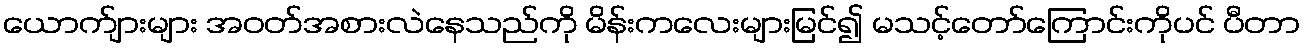
ယောက်ျားများ အဝတ်အစားလဲနေသည်ကို မိန်းကလေးများမြင်၍ မသင့်တော်ကြောင်းကိုပင် ပီတာ